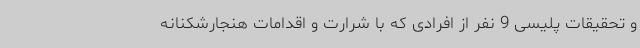
و تحقیقات پلیسی 9 نفر از افرادی که با شرارت و اقدامات هنجارشکنانه